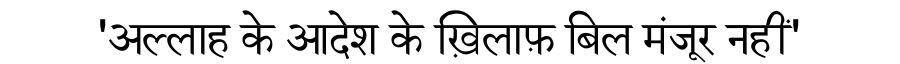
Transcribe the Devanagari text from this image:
'अल्लाह के आदेश के ख़िलाफ़ बिल मंजूर नहीं'